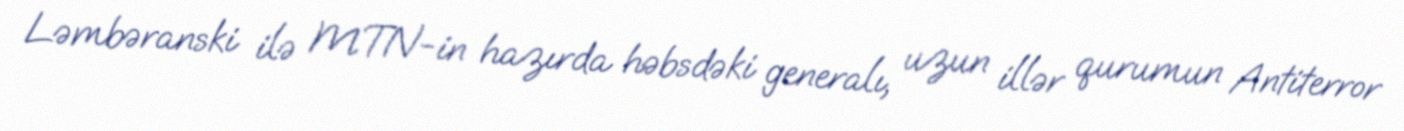
Ləmbəranski ilə MTN-in hazırda həbsdəki generalı, uzun illər qurumun Antiterror